Annual report of the Imperial Bacteriologist
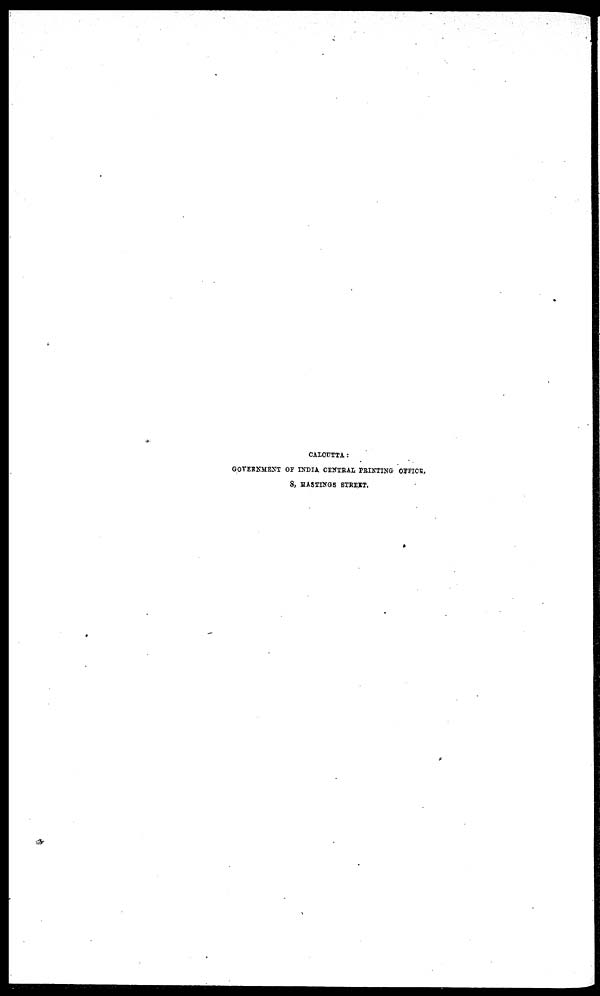
CALCUTTA :
GOVERNMENT OF INDIA CENTRAL PRINTING OFFICE,
8, HASTINGS STREET.